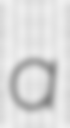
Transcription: a